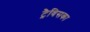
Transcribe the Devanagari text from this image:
ट्रैविसका